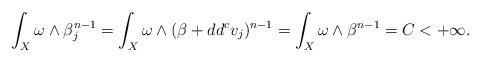
LaTeX: \begin{align*}\int_X \omega \wedge \beta_j^{n-1} = \int_X \omega \wedge (\beta + dd^c v_j)^{n-1}= \int_X \omega \wedge \beta^{n-1}= C < + \infty.\end{align*}